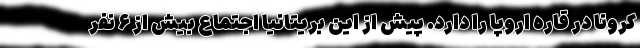
کرونا در قاره اروپا را دارد. پیش از این بریتانیا اجتماع بیش از ۶ نفر